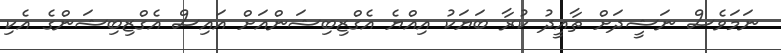
ނަމަވެސް ނަޝީދަށް ތާއީދު ކުރާ ބަޔަކު އިއްޔެ އެގްޒިބިޝަންއަށް އައިސް އެގްޒިބިޝަންގެ އެކި